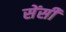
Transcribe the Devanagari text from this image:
सेंसी